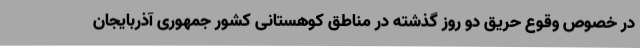
در خصوص وقوع حریق دو روز گذشته در مناطق کوهستانی کشور جمهوری آذربایجان